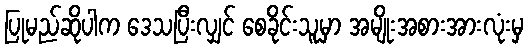
ပြုမည်ဆိုပါက ဒေသပြီးလျှင် စေခိုင်းသူမှာ အမျိုးအစားအားလုံးမှ